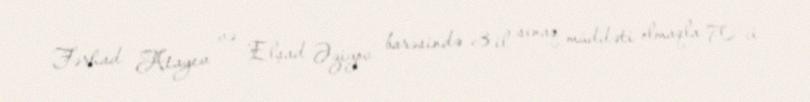
Fərhad Atayev və Elşad Əzizov barəsində 3 il sınaq müddəti olmaqla 70-ci